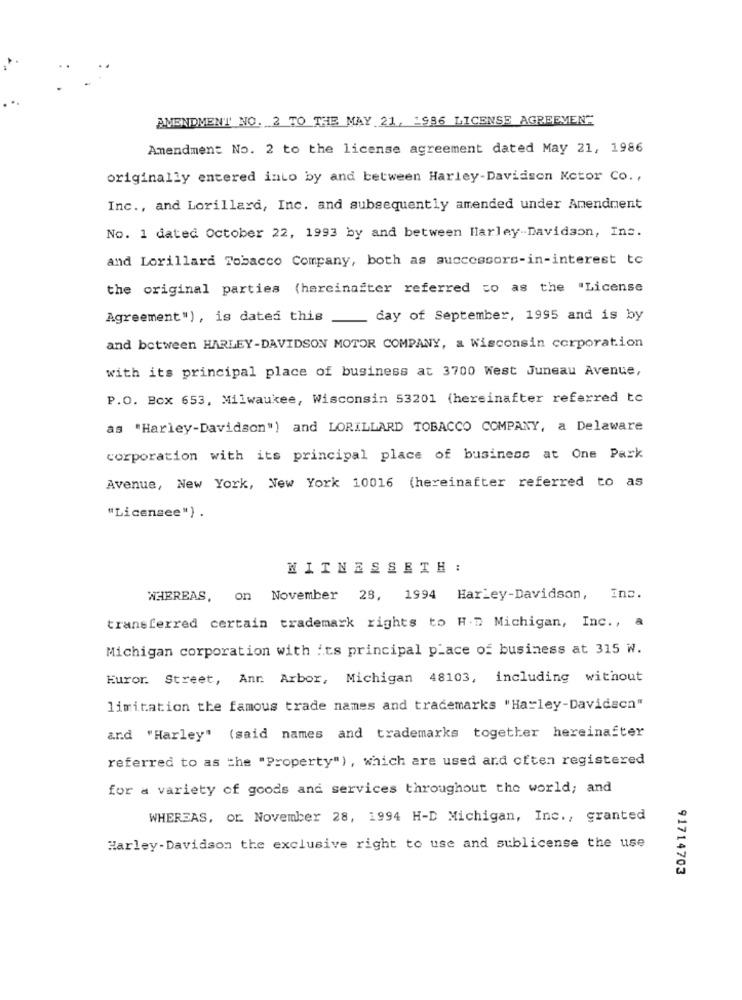
AMENDMENT NO. 2 TO THE MAY 21, 1986 LICENSE AGREEMENT
Amendment No. 2 to the license agreement dated May 21, 1986
originally entered into by and between Harley-Davidson Ketor Co. ,
Inc ., and Lorillard, Inc. and subsequently amended under Amendment
No. 1 dated October 22, 1993 by and between Harley-Davidson, Inc.
and Lorillard Tobacco Company, both as successors-in-interest to
the original parties (hereinafter referred to as the "License
Agreement"), is dated this
day of September, 1995 and is by
and between HARLEY-DAVIDSON MOTOR COMPANY, a Wisconsin corporation
with its principal place of business at 3700 West Juneau Avenue,
P.O. Box 653, Milwaukee, Wisconsin 53201 (hereinafter referred to
as "Harley-Davidson") and LORILLARD TOBACCO COMPANY, a Delaware
corporation with its principal place of business at One Park
Avenue, New York, New York 10016 (hereinafter referred to as
"Licensee") .
MITNESSETH :
WHEREAS, on November 28, 1994 Harley-Davidson, Inc.
transferred certain trademark rights to H.D Michigan, Inc ., a
Michigan corporation with its principal place of business at 315 W.
Euror. Street, Ann Arbor, Michigan 48103, including without
limitation the famous trade names and trademarks "Harley-Davidson"
and "Harley" (said names and trademarks together hereinafter
referred to as the "Property"), which are used and often registered
for a variety of goods and services throughout the world; and
WHEREAS, or. November 28, 1994 H-D Michigan, Inc ., granted
Harley-Davidson the exclusive right to use and sublicense the use
91714703